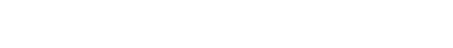
ဥပဒေ ကျောင်းတက်စေဖို့ စီမံထားပြီး ဖြစ်ပါသည်။